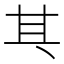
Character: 𠀪